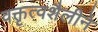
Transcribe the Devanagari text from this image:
वक्तृत्वशैलीने